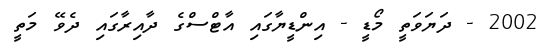
2002 - ދަޔަވަތީ މޯޑީ - އިންޑީޔާގައި އާޓްސްގެ ދާއިރާގައި ދެވޭ މަތީ